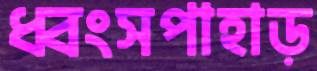
ধ্বংসপাহাড়